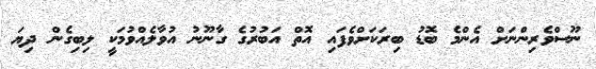
ނޫސްވެރިންނަށް އެންމެ ބޮޑު ބިރަކަށްވެފައި އޮތް އަބުރުގެ ގާނޫނު އުވާލެއްވުމަކީ ލިބިގެން ދިޔަ